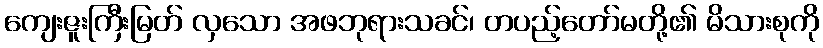
ကျေးဇူးကြီးမြတ် လှသော အဖဘုရားသခင်၊ တပည့်တော်မတို့၏ မိသားစုကို